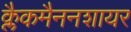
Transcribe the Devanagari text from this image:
क्लैकमैननशायर